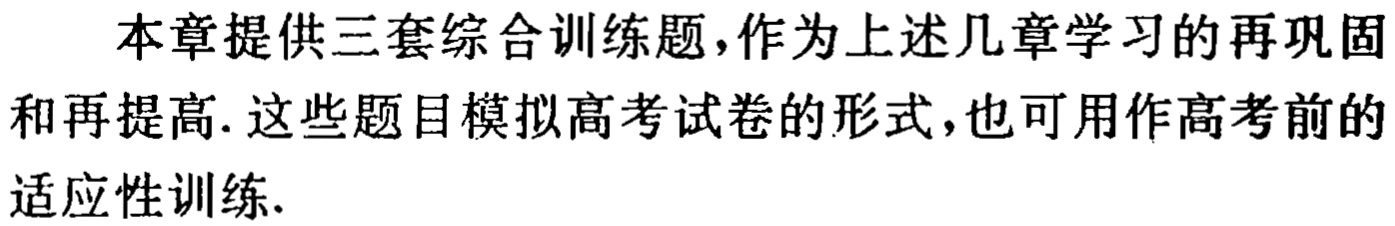
本章提供三套综合训练题，作为上述几章学习的再巩固和再提高. 这些题目模拟高考试卷的形式，也可用作高考前的适应性训练.